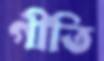
গীতি